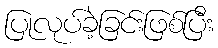
ပြုလုပ်ခဲ့ခြင်းဖြစ်ပြီး